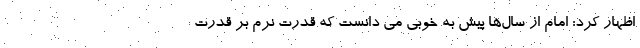
اظهار کرد: امام از سال‌ها پیش به خوبی می دانست که قدرت نرم بر قدرت